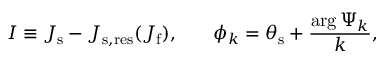
I \equiv J _ { \mathrm { s } } - J _ { \mathrm { s , r e s } } ( J _ { \mathrm { f } } ) , \, \, \, \, \, \, \, \, \, \, \, \phi _ { k } = \theta _ { \mathrm { s } } + \frac { \arg \Psi _ { k } } { k } ,